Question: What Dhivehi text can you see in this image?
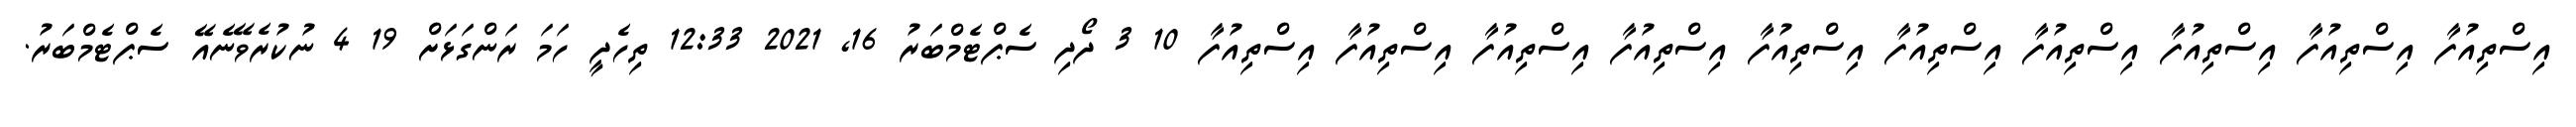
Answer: އިސްތިއުފާ އިސްތިއުފާ އިސްތިއުފާ އިސްތިއުފާ އިސްތިއުފާ އިސްތިއުފާ އިސްތިއުފާ އިސްތިއުފާ އިސްތިއުފާ އިސްތިއުފާ 10 3 ދޯދި ސެޕްޓެމްބަރު 16, 2021 12:33 ތިހެދީ ހަމަ ރަންގަޅަށް 19 4 ނުކުރެވޭނެއޭ ސެޕްޓެމްބަރު.